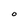
Character: O